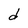
Character: d